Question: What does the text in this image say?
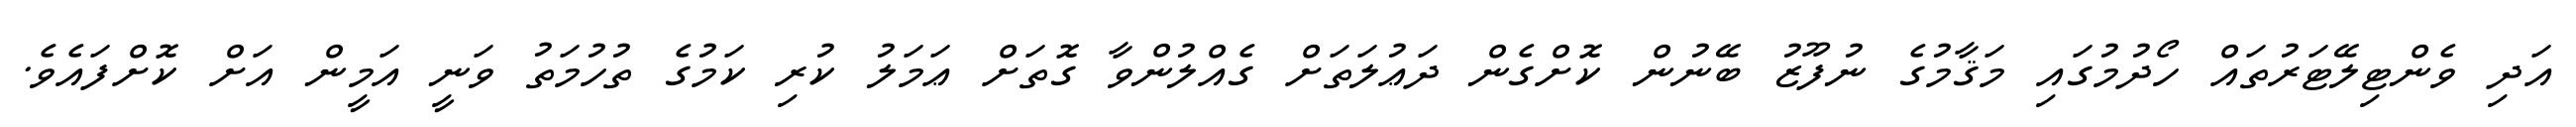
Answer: އަދި ވެންޓިލޭޓަރުތައް ހޯދުމުގައި މަޤާމުގެ ނުފޫޒު ބޭނުން ކޮށްގެން ދަޢުލަތަށް ގެއްލުންވާ ގޮތަށް ޢަމަލު ކުރި ކަމުގެ ތުހުމަތު ވަނީ އަމީން އަށް ކޮށްފައެވެ.